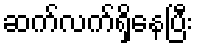
ဆက်လက်ရှိနေပြီး